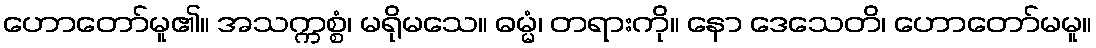
ဟောတော်မူ၏။ အသက္ကစ္စံ၊ မရိုမသေ။ ဓမ္မံ၊ တရားကို။ နော ဒေသေတိ၊ ဟောတော်မမူ။